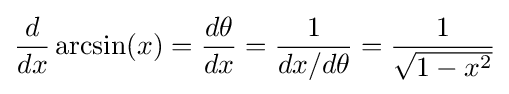
{\frac {d}{dx}}\arcsin(x)={\frac {d\theta }{dx}}={\frac {1}{dx/d\theta }}={\frac {1}{\sqrt {1-x^{2}}}}